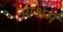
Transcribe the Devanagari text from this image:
आश्रमं